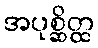
အပုစ္ဆိတ္ထ